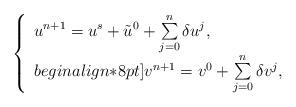
LaTeX: \begin{align*}\left\{\begin{array}{ll}u^{n+1} = u^s + \tilde{u}^0 + \sum\limits_{j=0}^n \delta u^j, \\begin{align*}8pt]v^{n+1} = v^0 + \sum\limits_{j=0}^n \delta v^j,\end{array}\right.\end{align*}